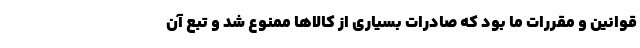
قوانین و مقررات ما بود که صادرات بسیاری از کالاها ممنوع شد و تبع آن